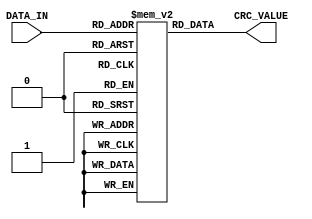
`timescale 1ns / 1ps
//////////////////////////////////////////////////////////////////////////////////
// Company: 
// Engineer: 
// 
// Design Name: 
// Module Name: lut_01
// Project Name: 
// Target Devices: 
// Tool Versions: 
// Description: 
// 
// Dependencies: 
// 
// Revision:
// Revision 0.01 - File Created
// Additional Comments:
// 
//////////////////////////////////////////////////////////////////////////////////


module lut_01(
    input [7:0] DATA_IN,
    output [31:0] CRC_VALUE
    );
    
    reg [31:0] rom[255:0];
    assign CRC_VALUE = rom[DATA_IN];
    
    initial
    begin
        rom[0] <= 32'h00000000;
        rom[1] <= 32'h04c11db7;
        rom[2] <= 32'h09823b6e;
        rom[3] <= 32'h0d4326d9;
        rom[4] <= 32'h130476dc;
        rom[5] <= 32'h17c56b6b;
        rom[6] <= 32'h1a864db2;
        rom[7] <= 32'h1e475005;
        rom[8] <= 32'h2608edb8;
        rom[9] <= 32'h22c9f00f;
        rom[10] <= 32'h2f8ad6d6;
        rom[11] <= 32'h2b4bcb61;
        rom[12] <= 32'h350c9b64;
        rom[13] <= 32'h31cd86d3;
        rom[14] <= 32'h3c8ea00a;
        rom[15] <= 32'h384fbdbd;
        rom[16] <= 32'h4c11db70;
        rom[17] <= 32'h48d0c6c7;
        rom[18] <= 32'h4593e01e;
        rom[19] <= 32'h4152fda9;
        rom[20] <= 32'h5f15adac;
        rom[21] <= 32'h5bd4b01b;
        rom[22] <= 32'h569796c2;
        rom[23] <= 32'h52568b75;
        rom[24] <= 32'h6a1936c8;
        rom[25] <= 32'h6ed82b7f;
        rom[26] <= 32'h639b0da6;
        rom[27] <= 32'h675a1011;
        rom[28] <= 32'h791d4014;
        rom[29] <= 32'h7ddc5da3;
        rom[30] <= 32'h709f7b7a;
        rom[31] <= 32'h745e66cd;
        rom[32] <= 32'h9823b6e0;
        rom[33] <= 32'h9ce2ab57;
        rom[34] <= 32'h91a18d8e;
        rom[35] <= 32'h95609039;
        rom[36] <= 32'h8b27c03c;
        rom[37] <= 32'h8fe6dd8b;
        rom[38] <= 32'h82a5fb52;
        rom[39] <= 32'h8664e6e5;
        rom[40] <= 32'hbe2b5b58;
        rom[41] <= 32'hbaea46ef;
        rom[42] <= 32'hb7a96036;
        rom[43] <= 32'hb3687d81;
        rom[44] <= 32'had2f2d84;
        rom[45] <= 32'ha9ee3033;
        rom[46] <= 32'ha4ad16ea;
        rom[47] <= 32'ha06c0b5d;
        rom[48] <= 32'hd4326d90;
        rom[49] <= 32'hd0f37027;
        rom[50] <= 32'hddb056fe;
        rom[51] <= 32'hd9714b49;
        rom[52] <= 32'hc7361b4c;
        rom[53] <= 32'hc3f706fb;
        rom[54] <= 32'hceb42022;
        rom[55] <= 32'hca753d95;
        rom[56] <= 32'hf23a8028;
        rom[57] <= 32'hf6fb9d9f;
        rom[58] <= 32'hfbb8bb46;
        rom[59] <= 32'hff79a6f1;
        rom[60] <= 32'he13ef6f4;
        rom[61] <= 32'he5ffeb43;
        rom[62] <= 32'he8bccd9a;
        rom[63] <= 32'hec7dd02d;
        rom[64] <= 32'h34867077;
        rom[65] <= 32'h30476dc0;
        rom[66] <= 32'h3d044b19;
        rom[67] <= 32'h39c556ae;
        rom[68] <= 32'h278206ab;
        rom[69] <= 32'h23431b1c;
        rom[70] <= 32'h2e003dc5;
        rom[71] <= 32'h2ac12072;
        rom[72] <= 32'h128e9dcf;
        rom[73] <= 32'h164f8078;
        rom[74] <= 32'h1b0ca6a1;
        rom[75] <= 32'h1fcdbb16;
        rom[76] <= 32'h018aeb13;
        rom[77] <= 32'h054bf6a4;
        rom[78] <= 32'h0808d07d;
        rom[79] <= 32'h0cc9cdca;
        rom[80] <= 32'h7897ab07;
        rom[81] <= 32'h7c56b6b0;
        rom[82] <= 32'h71159069;
        rom[83] <= 32'h75d48dde;
        rom[84] <= 32'h6b93dddb;
        rom[85] <= 32'h6f52c06c;
        rom[86] <= 32'h6211e6b5;
        rom[87] <= 32'h66d0fb02;
        rom[88] <= 32'h5e9f46bf;
        rom[89] <= 32'h5a5e5b08;
        rom[90] <= 32'h571d7dd1;
        rom[91] <= 32'h53dc6066;
        rom[92] <= 32'h4d9b3063;
        rom[93] <= 32'h495a2dd4;
        rom[94] <= 32'h44190b0d;
        rom[95] <= 32'h40d816ba;
        rom[96] <= 32'haca5c697;
        rom[97] <= 32'ha864db20;
        rom[98] <= 32'ha527fdf9;
        rom[99] <= 32'ha1e6e04e;
        rom[100] <= 32'hbfa1b04b;
        rom[101] <= 32'hbb60adfc;
        rom[102] <= 32'hb6238b25;
        rom[103] <= 32'hb2e29692;
        rom[104] <= 32'h8aad2b2f;
        rom[105] <= 32'h8e6c3698;
        rom[106] <= 32'h832f1041;
        rom[107] <= 32'h87ee0df6;
        rom[108] <= 32'h99a95df3;
        rom[109] <= 32'h9d684044;
        rom[110] <= 32'h902b669d;
        rom[111] <= 32'h94ea7b2a;
        rom[112] <= 32'he0b41de7;
        rom[113] <= 32'he4750050;
        rom[114] <= 32'he9362689;
        rom[115] <= 32'hedf73b3e;
        rom[116] <= 32'hf3b06b3b;
        rom[117] <= 32'hf771768c;
        rom[118] <= 32'hfa325055;
        rom[119] <= 32'hfef34de2;
        rom[120] <= 32'hc6bcf05f;
        rom[121] <= 32'hc27dede8;
        rom[122] <= 32'hcf3ecb31;
        rom[123] <= 32'hcbffd686;
        rom[124] <= 32'hd5b88683;
        rom[125] <= 32'hd1799b34;
        rom[126] <= 32'hdc3abded;
        rom[127] <= 32'hd8fba05a;
        rom[128] <= 32'h690ce0ee;
        rom[129] <= 32'h6dcdfd59;
        rom[130] <= 32'h608edb80;
        rom[131] <= 32'h644fc637;
        rom[132] <= 32'h7a089632;
        rom[133] <= 32'h7ec98b85;
        rom[134] <= 32'h738aad5c;
        rom[135] <= 32'h774bb0eb;
        rom[136] <= 32'h4f040d56;
        rom[137] <= 32'h4bc510e1;
        rom[138] <= 32'h46863638;
        rom[139] <= 32'h42472b8f;
        rom[140] <= 32'h5c007b8a;
        rom[141] <= 32'h58c1663d;
        rom[142] <= 32'h558240e4;
        rom[143] <= 32'h51435d53;
        rom[144] <= 32'h251d3b9e;
        rom[145] <= 32'h21dc2629;
        rom[146] <= 32'h2c9f00f0;
        rom[147] <= 32'h285e1d47;
        rom[148] <= 32'h36194d42;
        rom[149] <= 32'h32d850f5;
        rom[150] <= 32'h3f9b762c;
        rom[151] <= 32'h3b5a6b9b;
        rom[152] <= 32'h0315d626;
        rom[153] <= 32'h07d4cb91;
        rom[154] <= 32'h0a97ed48;
        rom[155] <= 32'h0e56f0ff;
        rom[156] <= 32'h1011a0fa;
        rom[157] <= 32'h14d0bd4d;
        rom[158] <= 32'h19939b94;
        rom[159] <= 32'h1d528623;
        rom[160] <= 32'hf12f560e;
        rom[161] <= 32'hf5ee4bb9;
        rom[162] <= 32'hf8ad6d60;
        rom[163] <= 32'hfc6c70d7;
        rom[164] <= 32'he22b20d2;
        rom[165] <= 32'he6ea3d65;
        rom[166] <= 32'heba91bbc;
        rom[167] <= 32'hef68060b;
        rom[168] <= 32'hd727bbb6;
        rom[169] <= 32'hd3e6a601;
        rom[170] <= 32'hdea580d8;
        rom[171] <= 32'hda649d6f;
        rom[172] <= 32'hc423cd6a;
        rom[173] <= 32'hc0e2d0dd;
        rom[174] <= 32'hcda1f604;
        rom[175] <= 32'hc960ebb3;
        rom[176] <= 32'hbd3e8d7e;
        rom[177] <= 32'hb9ff90c9;
        rom[178] <= 32'hb4bcb610;
        rom[179] <= 32'hb07daba7;
        rom[180] <= 32'hae3afba2;
        rom[181] <= 32'haafbe615;
        rom[182] <= 32'ha7b8c0cc;
        rom[183] <= 32'ha379dd7b;
        rom[184] <= 32'h9b3660c6;
        rom[185] <= 32'h9ff77d71;
        rom[186] <= 32'h92b45ba8;
        rom[187] <= 32'h9675461f;
        rom[188] <= 32'h8832161a;
        rom[189] <= 32'h8cf30bad;
        rom[190] <= 32'h81b02d74;
        rom[191] <= 32'h857130c3;
        rom[192] <= 32'h5d8a9099;
        rom[193] <= 32'h594b8d2e;
        rom[194] <= 32'h5408abf7;
        rom[195] <= 32'h50c9b640;
        rom[196] <= 32'h4e8ee645;
        rom[197] <= 32'h4a4ffbf2;
        rom[198] <= 32'h470cdd2b;
        rom[199] <= 32'h43cdc09c;
        rom[200] <= 32'h7b827d21;
        rom[201] <= 32'h7f436096;
        rom[202] <= 32'h7200464f;
        rom[203] <= 32'h76c15bf8;
        rom[204] <= 32'h68860bfd;
        rom[205] <= 32'h6c47164a;
        rom[206] <= 32'h61043093;
        rom[207] <= 32'h65c52d24;
        rom[208] <= 32'h119b4be9;
        rom[209] <= 32'h155a565e;
        rom[210] <= 32'h18197087;
        rom[211] <= 32'h1cd86d30;
        rom[212] <= 32'h029f3d35;
        rom[213] <= 32'h065e2082;
        rom[214] <= 32'h0b1d065b;
        rom[215] <= 32'h0fdc1bec;
        rom[216] <= 32'h3793a651;
        rom[217] <= 32'h3352bbe6;
        rom[218] <= 32'h3e119d3f;
        rom[219] <= 32'h3ad08088;
        rom[220] <= 32'h2497d08d;
        rom[221] <= 32'h2056cd3a;
        rom[222] <= 32'h2d15ebe3;
        rom[223] <= 32'h29d4f654;
        rom[224] <= 32'hc5a92679;
        rom[225] <= 32'hc1683bce;
        rom[226] <= 32'hcc2b1d17;
        rom[227] <= 32'hc8ea00a0;
        rom[228] <= 32'hd6ad50a5;
        rom[229] <= 32'hd26c4d12;
        rom[230] <= 32'hdf2f6bcb;
        rom[231] <= 32'hdbee767c;
        rom[232] <= 32'he3a1cbc1;
        rom[233] <= 32'he760d676;
        rom[234] <= 32'hea23f0af;
        rom[235] <= 32'heee2ed18;
        rom[236] <= 32'hf0a5bd1d;
        rom[237] <= 32'hf464a0aa;
        rom[238] <= 32'hf9278673;
        rom[239] <= 32'hfde69bc4;
        rom[240] <= 32'h89b8fd09;
        rom[241] <= 32'h8d79e0be;
        rom[242] <= 32'h803ac667;
        rom[243] <= 32'h84fbdbd0;
        rom[244] <= 32'h9abc8bd5;
        rom[245] <= 32'h9e7d9662;
        rom[246] <= 32'h933eb0bb;
        rom[247] <= 32'h97ffad0c;
        rom[248] <= 32'hafb010b1;
        rom[249] <= 32'hab710d06;
        rom[250] <= 32'ha6322bdf;
        rom[251] <= 32'ha2f33668;
        rom[252] <= 32'hbcb4666d;
        rom[253] <= 32'hb8757bda;
        rom[254] <= 32'hb5365d03;
        rom[255] <= 32'hb1f740b4;
    end
    
endmodule